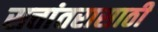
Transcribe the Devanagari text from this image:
सत्तांतरासाठी